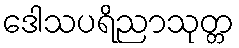
ဒေါသပရိညာသုတ္တ